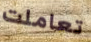
تعاملت